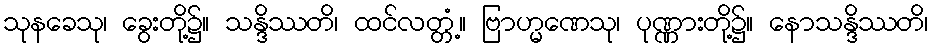
သုနခေသု၊ ခွေးတို့၌။ သန္ဒိဿတိ၊ ထင်လတ္တံ့။ ဗြာဟ္မဏေသု၊ ပုဏ္ဏားတို့၌။ နောသန္ဒိဿတိ၊